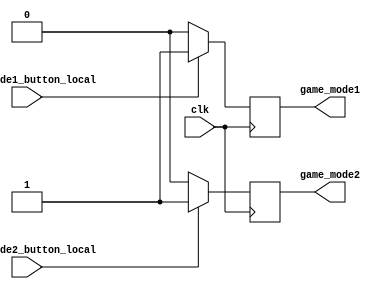
`timescale 1ns / 1ps


module game_mode( game_mode1_button_local , game_mode2_button_local ,game_mode1,game_mode2,clk);
    // similiar to rst, we are also doing the same to avoid debouncing of our inputs
    // game_mode1 stores if mode 1 is to be played 
    // game_mode2 stores if mode2 is to be played
    // It is assumed  that player does not press both game mode to avoid confusion which game mode we have to play
    output reg game_mode1;
    output reg game_mode2;
    input game_mode1_button_local , game_mode2_button_local , clk;
    
    always@ ( posedge clk) begin
    
        if( game_mode1_button_local==1)
            game_mode1=1;
        else
            game_mode1=0;
        
        if( game_mode2_button_local==1)
            game_mode2=1;
        else
            game_mode2=0;
    end
endmodule